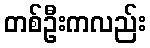
တစ်ဦးကလည်း